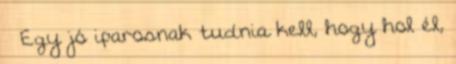
— Egy jó iparosnak tudnia kell, hogy hol él,